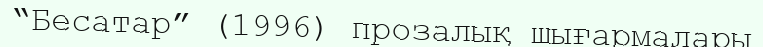
“Бесатар” (1996) прозалық шығармалары